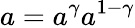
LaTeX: a=a^{\gamma}a^{1-\gamma}